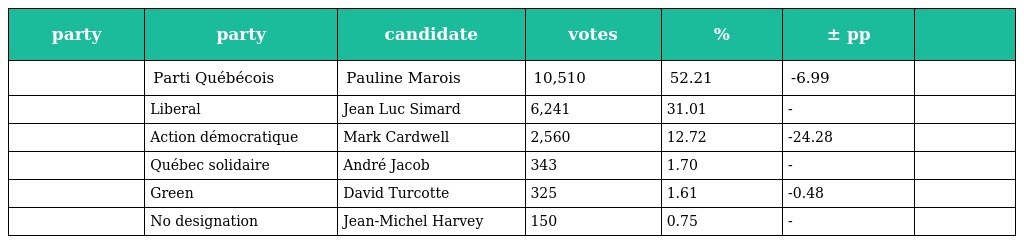
| party | party | candidate | votes | % | ± pp |  |
 | --- | --- | --- | --- | --- | --- | --- |
 |  | Parti Québécois | Pauline Marois | 10,510 | 52.21 | -6.99 |  |
 |  | Liberal | Jean Luc Simard | 6,241 | 31.01 | - |  |
 |  | Action démocratique | Mark Cardwell | 2,560 | 12.72 | -24.28 |  |
 |  | Québec solidaire | André Jacob | 343 | 1.70 | - |  |
 |  | Green | David Turcotte | 325 | 1.61 | -0.48 |  |
 |  | No designation | Jean-Michel Harvey | 150 | 0.75 | - |  |